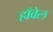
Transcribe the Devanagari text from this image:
हाँवेल